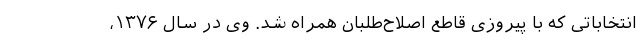
انتخاباتی که با پیروزی قاطع اصلاح‌طلبان همراه شد. وی در سال ۱۳۷۶،